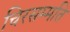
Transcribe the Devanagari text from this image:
चिरसम्मति